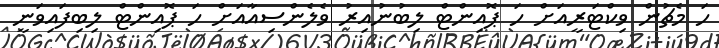
ހަ މެޗުން ވިކްޓަރީއަށް ހަ ޕޮއިންޓް ލިބުނުއިރު ވެލެންސިއާއަށް ހަ ޕޮއިންޓް ލިބިފައިވަނީ